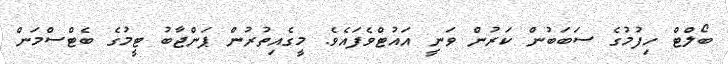
ބޯލްޓް ހިފުމުގެ ސަބަބުން ކަރުން ވަނީ އައުޓްވެފައެވެ. މީގެއިތުރުން ޕަންޖާބު ޓީމުގެ ބެޓްސްމަން